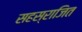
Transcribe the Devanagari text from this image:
सहस्राजित